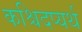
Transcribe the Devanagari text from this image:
कश्चिदप्यर्थ